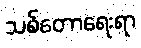
သစ်တောရေးရာ